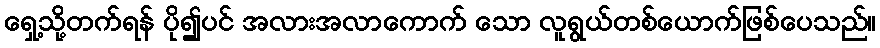
ရှေ့သို့တက်ရန် ပို၍ပင် အလားအလာကောက် သော လူရွယ်တစ်ယောက်ဖြစ်ပေသည်။